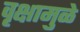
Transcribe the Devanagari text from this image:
वृक्षामुळे